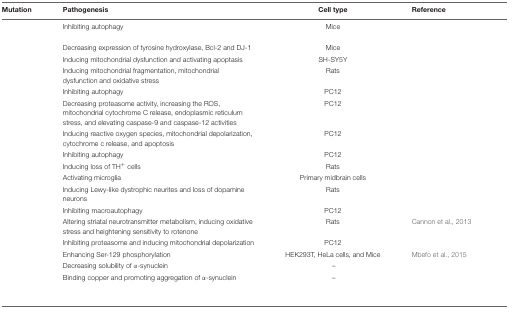
<table><thead><tr><td><b>Mutation</b></td><td><b>Pathogenesis</b></td><td><b>Cell type</b></td><td><b>Reference</b></td></tr></thead><tbody><tr><td>[EMPTY_CELL]</td><td>Inhibiting autophagy</td><td>Mice</td><td>[EMPTY_CELL]</td></tr><tr><td>[EMPTY_CELL]</td><td>Decreasing expression of tyrosine hydroxylase, Bcl-2 and DJ-1</td><td>Mice</td><td>[EMPTY_CELL]</td></tr><tr><td>[EMPTY_CELL]</td><td>Inducing mitochondrial dysfunction and activating apoptasis</td><td>SH-SY5Y</td><td>[EMPTY_CELL]</td></tr><tr><td>[EMPTY_CELL]</td><td>Inducing mitochondrial fragmentation, mitochondrial dysfunction and oxidative stress</td><td>Rats</td><td>[EMPTY_CELL]</td></tr><tr><td>[EMPTY_CELL]</td><td>Inhibiting autophagy</td><td>PC12</td><td>[EMPTY_CELL]</td></tr><tr><td>[EMPTY_CELL]</td><td>Decreasing proteasome activity, increasing the ROS, mitochondrial cytochrome C release, endoplasmic reticulum stress, and elevating caspase-9 and caspase-12 activities</td><td>PC12</td><td>[EMPTY_CELL]</td></tr><tr><td>[EMPTY_CELL]</td><td>Inducing reactive oxygen species, mitochondrial depolarization, cytochrome c release, and apoptosis</td><td>PC12</td><td>[EMPTY_CELL]</td></tr><tr><td>[EMPTY_CELL]</td><td>Inhibiting autophagy</td><td>PC12</td><td>[EMPTY_CELL]</td></tr><tr><td>[EMPTY_CELL]</td><td>Inducing loss of TH<sup>+</sup> cells</td><td>Rats</td><td>[EMPTY_CELL]</td></tr><tr><td>[EMPTY_CELL]</td><td>Activating microglia</td><td>Primary midbrain cells</td><td>[EMPTY_CELL]</td></tr><tr><td>[EMPTY_CELL]</td><td>Inducing Lewy-like dystrophic neurites and loss of dopamine neurons</td><td>Rats</td><td>[EMPTY_CELL]</td></tr><tr><td>[EMPTY_CELL]</td><td>Inhibiting macroautophagy</td><td>PC12</td><td>[EMPTY_CELL]</td></tr><tr><td>[EMPTY_CELL]</td><td>Altering striatal neurotransmitter metabolism, inducing oxidative stress and heightening sensitivity to rotenone</td><td>Rats</td><td>Cannon et al., 2013</td></tr><tr><td>[EMPTY_CELL]</td><td>Inhibiting proteasome and inducing mitochondrial depolarization</td><td>PC12</td><td>[EMPTY_CELL]</td></tr><tr><td>[EMPTY_CELL]</td><td>Enhancing Ser-129 phosphorylation</td><td>HEK293T, HeLa cells, and Mice</td><td>Mbefo et al., 2015</td></tr><tr><td>[EMPTY_CELL]</td><td>Decreasing solubility of α-synuclein</td><td>–</td><td>[EMPTY_CELL]</td></tr><tr><td>[EMPTY_CELL]</td><td>Binding copper and promoting aggregation of α-synuclein</td><td>–</td><td>[EMPTY_CELL]</td></tr></tbody></table>